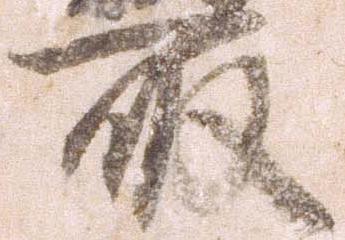
取